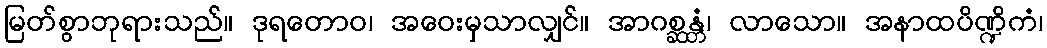
မြတ်စွာဘုရားသည်။ ဒုရတောဝ၊ အဝေးမှသာလျှင်။ အာဂစ္ဆန္တံ၊ လာသော။ အနာထပိဏ္ဍိကံ၊